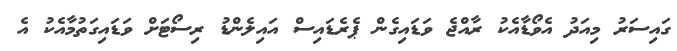
ގައިސަރު މިއަދު އެވޯޑާއެކު ރާއްޖެ ވަޑައިގެން ޕެރެޑައިސް އައިލެންޑު ރިސޯޓަށް ވަޑައިގަތުމާއެކު އެ